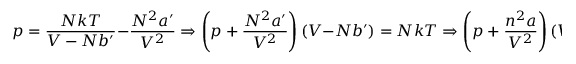
p = { \frac { N k T } { V - N b ^ { \prime } } } - { \frac { N ^ { 2 } a ^ { \prime } } { V ^ { 2 } } } \Rightarrow \left( p + { \frac { N ^ { 2 } a ^ { \prime } } { V ^ { 2 } } } \right) ( V - N b ^ { \prime } ) = N k T \Rightarrow \left( p + { \frac { n ^ { 2 } a } { V ^ { 2 } } } \right) ( V - n b ) = n R T .